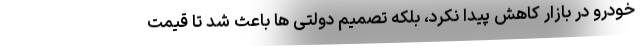
خودرو در بازار کاهش پیدا نکرد، بلکه تصمیم دولتی ها باعث شد تا قیمت